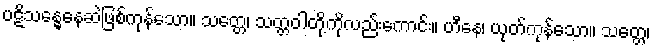
ပဋိသန္ဓေနေဆဲဖြစ်ကုန်သော။ သတ္တေ၊ သတ္တဝါတို့ကိုလည်းကောင်း။ ဟီနေ၊ ယုတ်ကုန်သော။ သတ္တေ၊